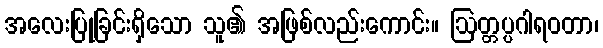
အလေးပြုခြင်းရှိသော သူ၏ အဖြစ်လည်းကောင်း။ ဩတ္တပ္ပဂါရဝတာ၊